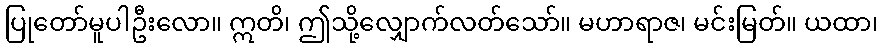
ပြုတော်မူပါဦးလော။ ဣတိ၊ ဤသို့လျှောက်လတ်သော်။ မဟာရာဇ၊ မင်းမြတ်။ ယထာ၊